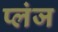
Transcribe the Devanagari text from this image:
प्लंज